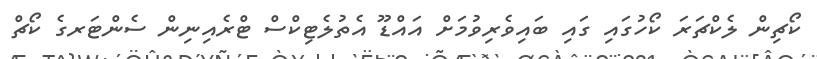
ކޯޗިން ލެކްޗަރަ ކޯހުގައި ގައި ބައިވެރިވުމަށް އައްޑޫ އެތުލެޓިކްސް ޓްރެއިނިން ސެންޓަރގެ ކޯޗް